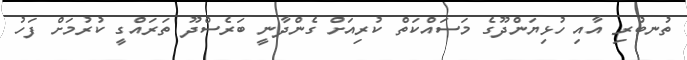
ތުނބުރި އާއި ހުޅިޔަންދޫގެ މަސައްކަތް ކުރިއަށް ގެންދާނީ ބަރެސްދޫ ތަރައްގީ ކުރުމަށް ފަހު